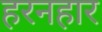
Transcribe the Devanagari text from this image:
हरनहार